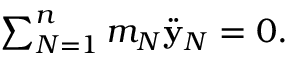
\begin{array} { r } { \sum _ { N = 1 } ^ { n } m _ { N } \ddot { \bf y } _ { N } = 0 . } \end{array}